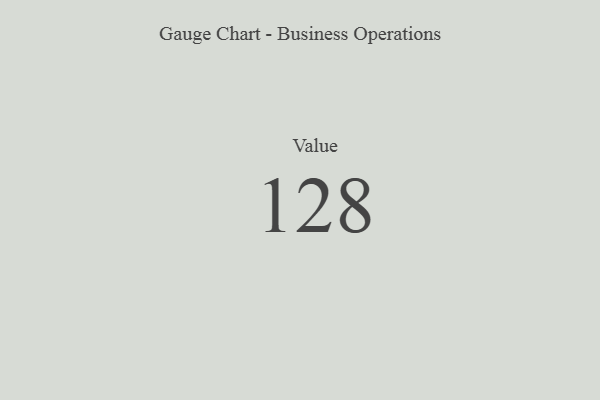
{"axis": {"x": "Metric", "y": "Value"}, "legend": [""], "data": [{"x": "Value", "y": 128, "type": ""}]}